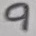
Text: 9